Annual administration report of the Civil Veterinary Department of India - 1910-1911
Year: 1910
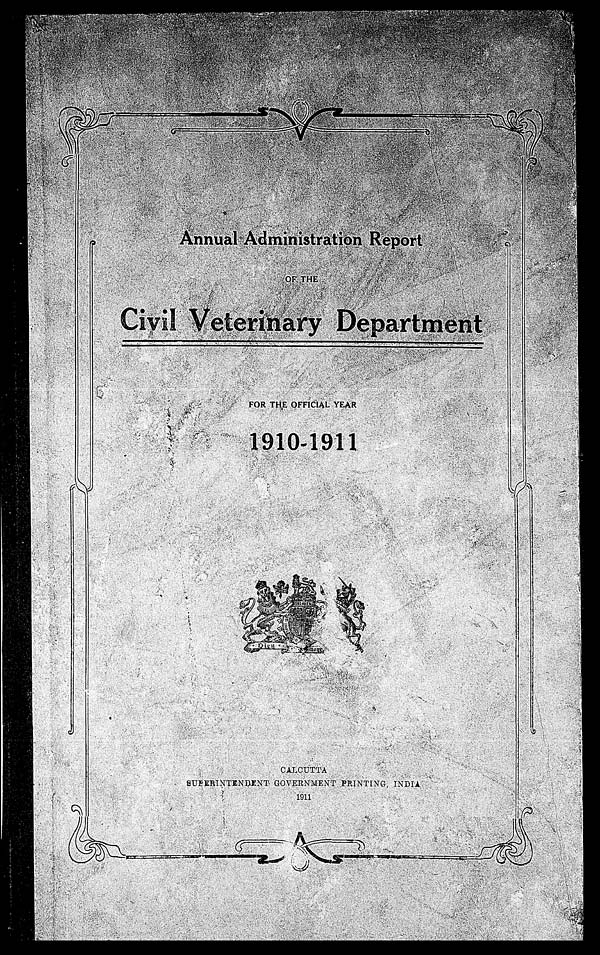
Annual Administration Report
OF THE
Civil Veterinary Department
FOR THE OFFICIAL YEAR
1910-1911
CALCUTTA
SUPERINTEDENT GOVERNMENT PRINTING, INDIA
1911